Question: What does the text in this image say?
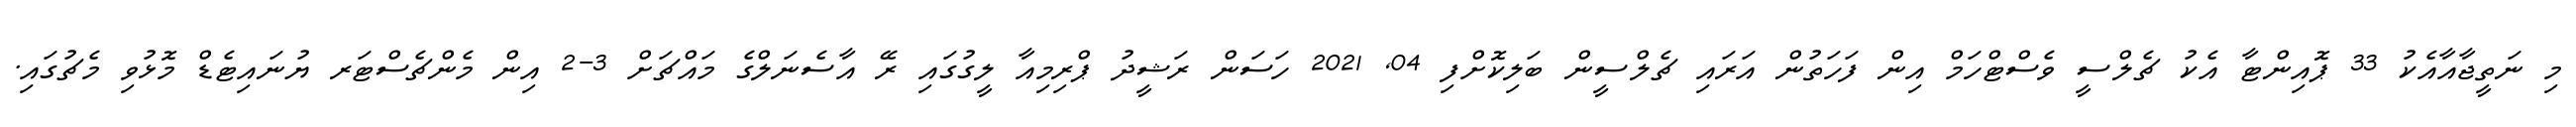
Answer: މި ނަތީޖާއާއެކު 33 ޕޮއިންޓާ އެކު ޗެލްސީ ވެސްޓްހަމް އިން ފަހަތުން އަރައި ޗެލްސީން ބަލިކޮށްފި 04, 2021 ހަސަން ރަޝީދު ޕްރިމިއާ ލީގުގައި ރޭ އާސެނަލްގެ މައްޗަށް 3-2 އިން މެންޗެސްޓަރ ޔުނައިޓެޑް މޮޅުވި މެޗުގައި.